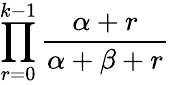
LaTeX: \prod_{r=0}^{k-1}{\frac{\alpha+r}{\alpha+\beta+r}}